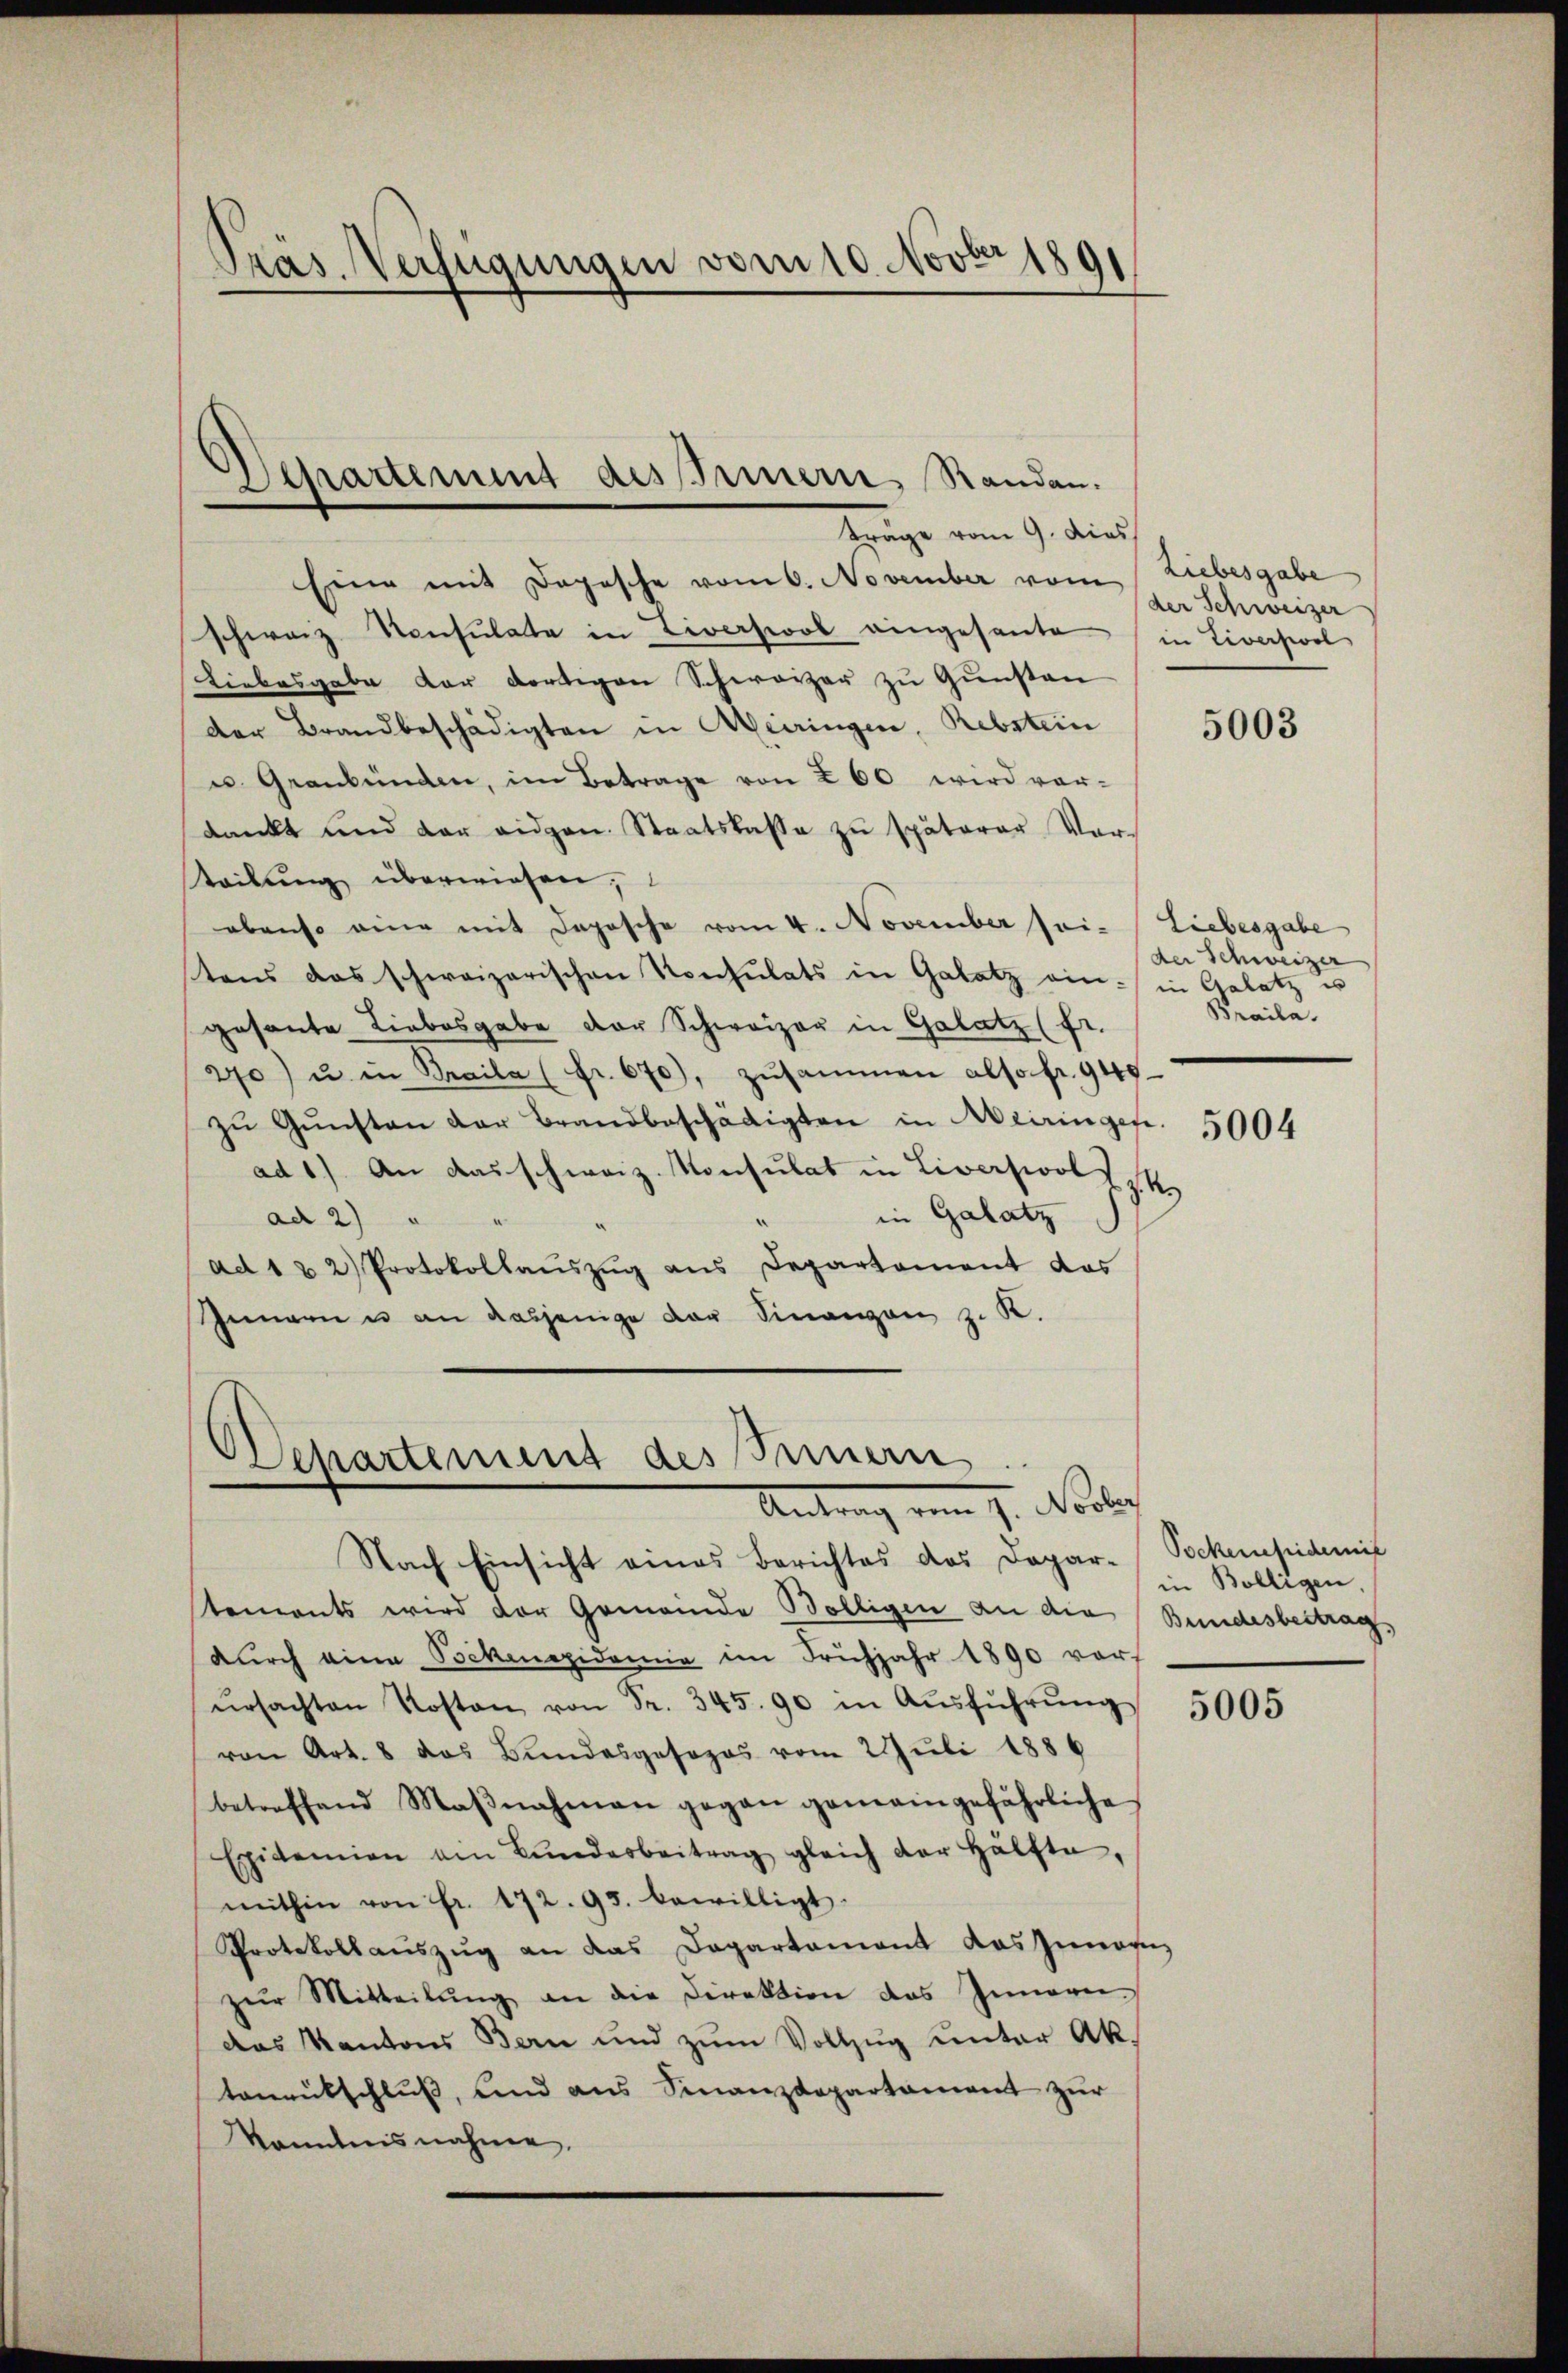
Präs. Verfügungen vom 10. Novbr 1891

Eine mit Depesche vom 6. November vom
schwarz Konsulate in Liversiool eingesante in Liverpool
Liebesgabe der dortigen Schweizer zu Gunsten
der Brandbeschädigten in Meiringen, Rebstein
u. Graubünden, im Betrage von 260 wird vor-
dankt und der eidgen. Staatskasse zu späterer Vor-
teilung überwiesen;
obenso eine mit Deposche vom 4. November sei- Liebesgabe
tens das schweizerischen Konsulats in Galatz ein in Gelatz u
gesante Liebesgabe der Schweizer in Gelatz (fr.
270) u. in Braila (fr. 670), zŭsammen also fr. 940
zŭ Gŭnsten der Brandbeschädigten in Aeiringen. 5004
ad 1) An das schweiz. Konsulat in Liverpool I 14
in Galatz
.
ad 2) "
ad 1 & 2) Protokollaŭszŭg ans Departement das
Innern u an dasjenige der Finanzen z. B.

Departinung dessernern Standen.
träge vom 9. dies

Departement des Innern.
Antrag vom 7. Novber

Liebesgabe
der Schweizer

Nach Einsicht eines Berichtes das Dopar-Tockenepidemit
tements wird der Gemeinde Bölligen an die Bundesbestrag,
durch eine Bekenepidemie im Frühjahr 1890 vor
ŭrsachten Kosten von Fr. 345. 90 in Aŭsführŭng
von Art. 8 das Bundesgesezes vom 2. Juli 1886
betreffend Maβnahmen gegen gemeingefährliche
Epidemien am Bŭndesbeitrag gleich der Hälfte,
mithin von Fr. 172. 95. bewilligt.
Protokoll aŭszŭg an das Departament das Zumau
zŭr Mitteilŭng an die Direktion des Innern.
das Kantons Bern und zŭm Vollzŭg ŭnter Ak.
tanentschluß, und aus Finanzdepartament zur
kanntnisnahme,

5003

der Schweizer
Braile.

in Bolligen,

5005